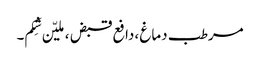
مرطب دماغ ،دافع قبض ،ملیّن شِکم۔